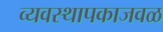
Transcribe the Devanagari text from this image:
व्यवस्थापकाजवळ